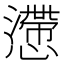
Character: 懘